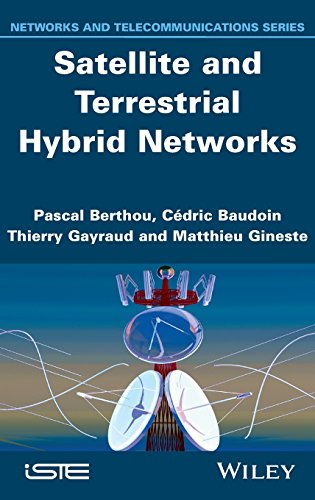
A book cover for Satellite and Terrestrial Hybrid Networks (Iste); Pascal Berthou; Science & Math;